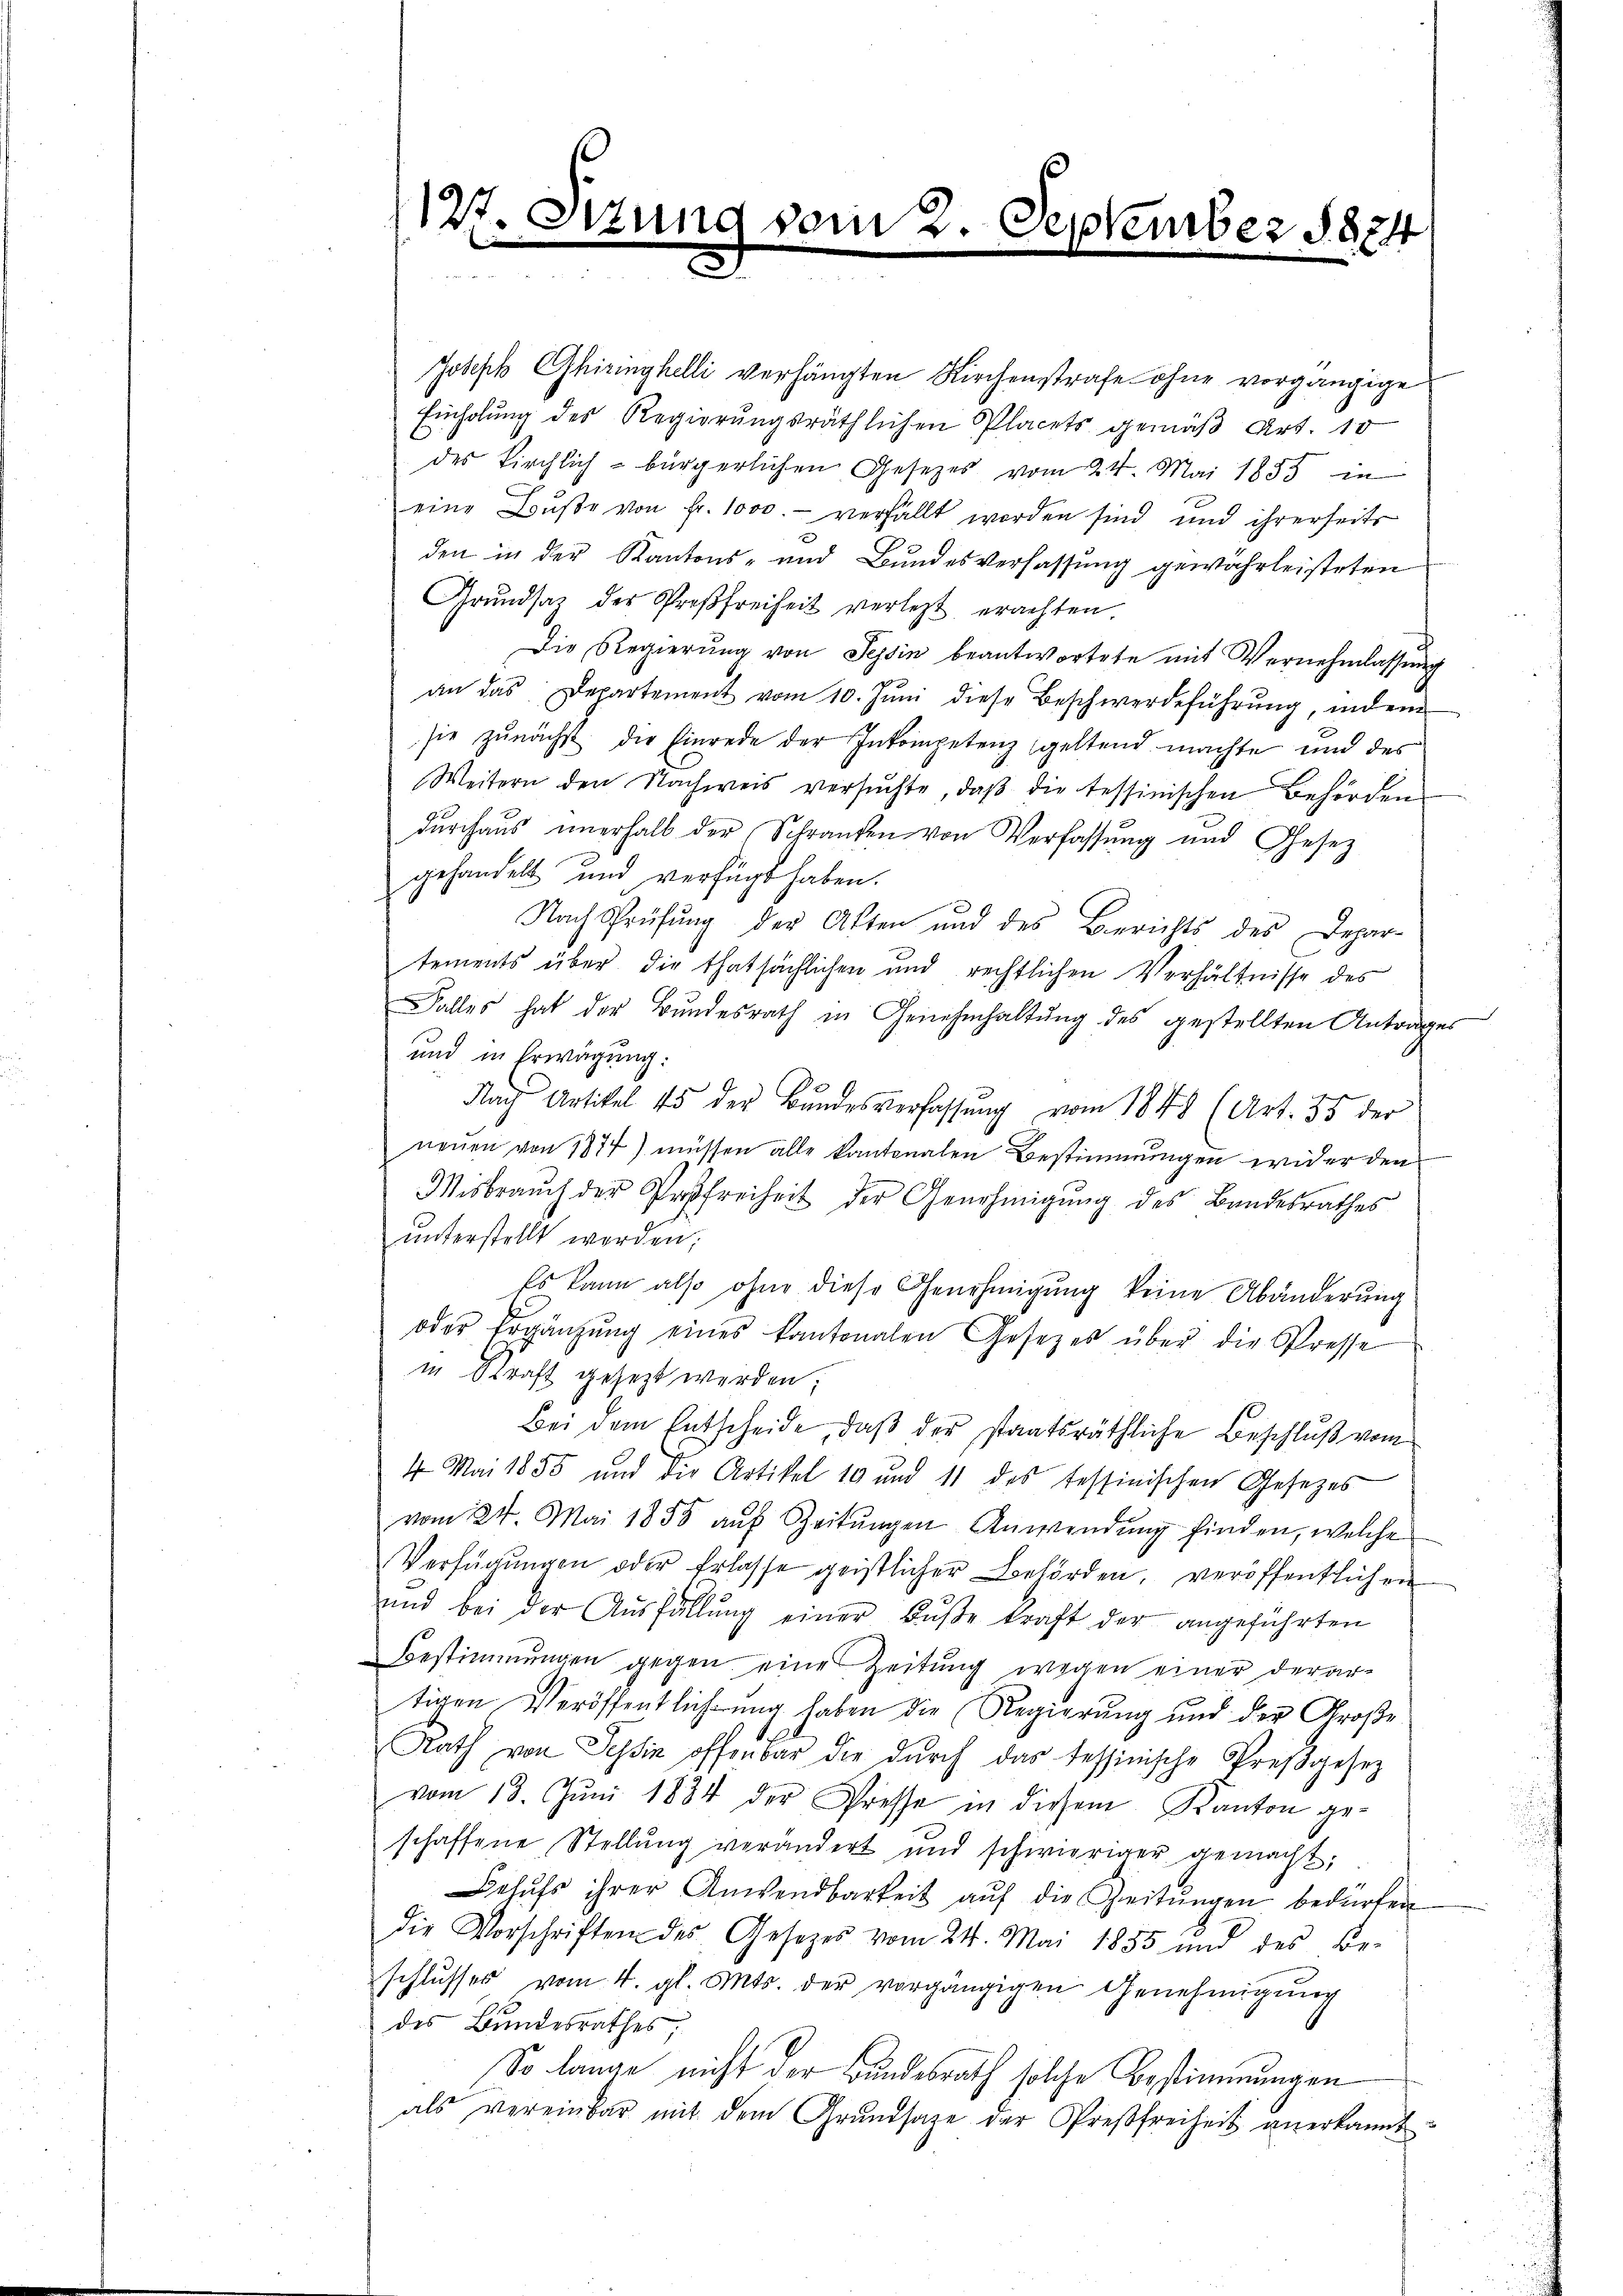
127. Szum
n

der

September 1824

Joseph Chiringhelli verhängten Kirchenstrafe ohne vorgängige
Einholung des Regierungsräthlichen Placets gemäß Art. 10
des Kirchlich - bürgerlichen Gesetzes vom 24. Mai 1855 in
eine Bŭβe von Fr. 1000.- verfällt worden sind und ihrerseits
den in der Kantons- und Bundesverfassung gewahrleisteten
Grŭndsaz des Proβfreiheit verlegt erachten.
Die Regierung von Tessin beantwortete mit Vernehmlassung
an das Departement vom 10. Jŭni diese Beschwerdeführung, indem
sie zŭnächst die Einrede der Inkompetenz geltend machte und des
Weitern den Nachweis versŭchte, daβ die tessinischen Behörden
durchaus unerhalb der Schranken von Verfassung und Gesez
gehandelt und verfügt haben.
Nach Prüfung der Akten und des Berichts des Depar-
tements über die thatsächlichen und rechtlichen Verhältnisse des
Falles hat der Bundesrath in Genehmhaltŭng des gestellten Antrage
und in Erwägung:
Nach Artikel 15 der Bundesverfassŭng vom 1848 (Art. 35 der
neuen von 1877) müssen alle kantonalen Bestimmungen wider den
Wisbrauch der Preßfreiheit der Genehmigung des Bandesrathes
ŭnterstellt worden;
Es kann also ohne diese Genehmigŭng keine Abänderŭng
oder Ergänzŭng eines kantonalen Gesetzes über die Presse
in Kraft gesezt werden;
Bei dem Entscheide, daß der staatsräthliche Beschluß vom
4 Mai 1855 und die Artikel 10 und 11 des tessinischen Gesetzes
vom 24. Mai 1858 aŭf Zeitŭngen Anwendŭng finden, welche
Verfügŭngen oder Erlasse geistlicher Behörden, veröffentlichen
ŭnd bei der Aŭsfüllŭng einer Bŭβe kraft der angeführten
Bestimmungen gegen eine Zeitung wegen einer derartigen Veröffentlichung haben die Regierŭng und der Große
Rath von Sein offenbar die dŭrch das Tessinische Preβgesez
vom 13. Jŭni 1884 der Presse in diesem Kanton ge-
schaffene Stellung verändert und schwieriger gemacht,
Behŭfs ihrer Anwendbarkeit aŭf die Zeitŭngen bedürfen
die Vorschriften des Gesetzes vom 24. Mai 1885 und des Be-
schlusses vom 4. gl. Mts. der vorgängigen Genehmigung
des Bundesrathes;
So lange nicht der Bundesrath solche Bestimmungen
als vereinbar mit dem Grŭndsaze der Preßfreiheit anerkannt